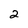
Character: 2